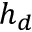
h _ { d }